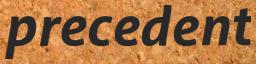
precedent